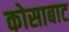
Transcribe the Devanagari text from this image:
कोसाबाट